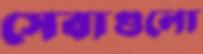
সেবাগুলো